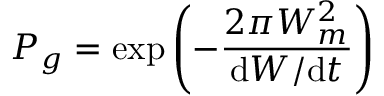
P _ { g } = \exp \left( - { \frac { 2 \pi W _ { m } ^ { 2 } } { \mathrm { d } W / \mathrm { d } t } } \right)